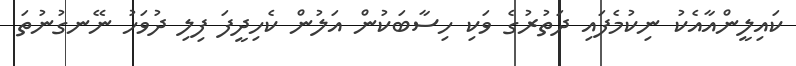
ކައިލީންއާއެކު ނިކުމެފައި ދަތުރުގެ ވަކި ހިސާބަކުން އަލުން ކެހިދީފަ ފިލި ދުވަހު ނޭނގުނުތަ